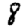
Digit: 8